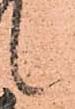
候